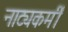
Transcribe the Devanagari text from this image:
नाट्यकर्मीं